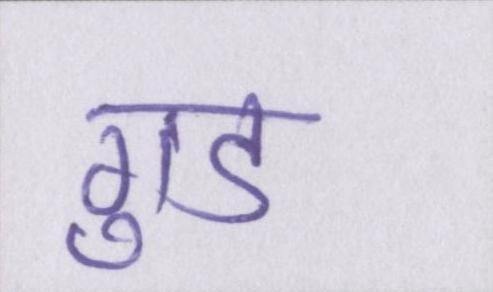
गुड